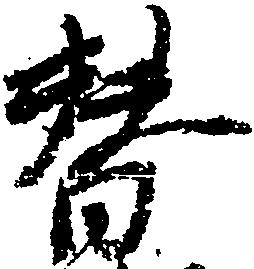
替